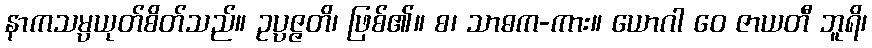
နာကသမ္ပယုတ်စိတ်သည်။ ဥပ္ပဇ္ဇတိ၊ ဖြစ်၏။ စ၊ သာဓက-ကား။ ယောဂါ ဝေ ဇာယတီ ဘူရိ၊